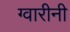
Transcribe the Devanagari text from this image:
ग्वारीनी